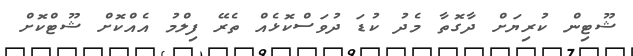
ޝޫޓިން ކުރިޔަށް ދާގޮތާ މެދު ކުޑަ ދުވަސްކޮޅެއް ތެރޭ ފިލްމު އެއްކޮށް ޝޫޓްކޮށް